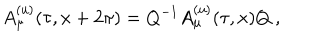
LaTeX: A _ { \mu } ^ { \mathrm { ( u ) } } ( \tau , x + 2 \pi ) = Q ^ { - 1 } A _ { \mu } ^ { \mathrm { ( u ) } } ( \tau , x ) Q ~ ,